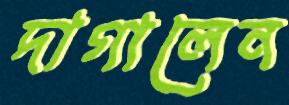
দাগালেন